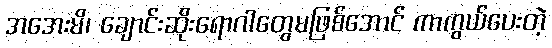
အအေးမိ၊ ချောင်းဆိုးရောဂါတွေမဖြစ်အောင် ကာကွယ်ပေးတဲ့